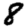
Digit: 8